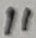
Text: 11